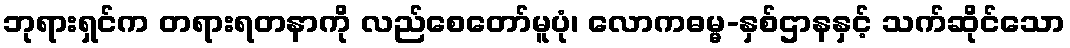
ဘုရားရှင်က တရားရတနာကို လည်စေတော်မူပုံ၊ လောကဓမ္မ-နှစ်ဌာနနှင့် သက်ဆိုင်သော